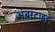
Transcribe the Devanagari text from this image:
अंबरटाइड